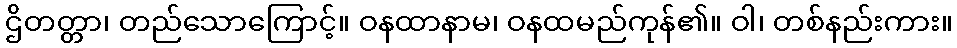
ဌိတတ္တာ၊ တည်သောကြောင့်။ ဝနထာနာမ၊ ဝနထမည်ကုန်၏။ ဝါ၊ တစ်နည်းကား။